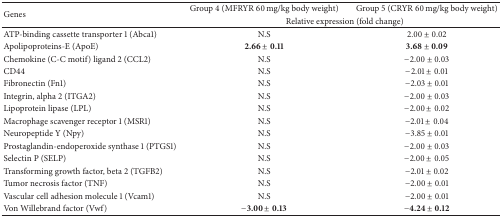
<table><thead><tr><td rowspan="2"><b>Genes</b></td><td><b>Group 4 (MFRYR 60 mg/kg body weight)</b></td><td><b>Group 5 (CRYR 60 mg/kg body weight)</b></td></tr><tr><td colspan="2"><b>Relative expression (fold change)</b></td></tr></thead><tbody><tr><td>ATP-binding cassette transporter 1 (Abca1)</td><td>N.S</td><td>2.00 ± 0.02</td></tr><tr><td>Apolipoproteins-E (ApoE)</td><td><b>2.66 ± 0.11</b></td><td><b>3.68 ± 0.09</b></td></tr><tr><td>Chemokine (C-C motif) ligand 2 (CCL2)</td><td>N.S</td><td>−2.00 ± 0.03</td></tr><tr><td>CD44</td><td>N.S</td><td>−2.01 ± 0.01</td></tr><tr><td>Fibronectin (Fn1)</td><td>N.S</td><td>−2.03 ± 0.01</td></tr><tr><td>Integrin, alpha 2 (ITGA2)</td><td>N.S</td><td>−2.00 ± 0.03</td></tr><tr><td>Lipoprotein lipase (LPL)</td><td>N.S</td><td>−2.00 ± 0.02</td></tr><tr><td>Macrophage scavenger receptor 1 (MSR1)</td><td>N.S</td><td>−2.01 ± 0.04</td></tr><tr><td>Neuropeptide Y (Npy)</td><td>N.S</td><td>−3.85 ± 0.01</td></tr><tr><td>Prostaglandin-endoperoxide synthase 1 (PTGS1)</td><td>N.S</td><td>−2.00 ± 0.03</td></tr><tr><td>Selectin P (SELP)</td><td>N.S</td><td>−2.00 ± 0.05</td></tr><tr><td>Transforming growth factor, beta 2 (TGFB2)</td><td>N.S</td><td>−2.01 ± 0.02</td></tr><tr><td>Tumor necrosis factor (TNF)</td><td>N.S</td><td>−2.00 ± 0.01</td></tr><tr><td>Vascular cell adhesion molecule 1 (Vcam1)</td><td>N.S</td><td>−2.00 ± 0.01</td></tr><tr><td>Von Willebrand factor (Vwf)</td><td><b>−3.00 ± 0.13</b></td><td><b>−4.24 ± 0.12</b></td></tr></tbody></table>